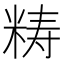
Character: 𥺅